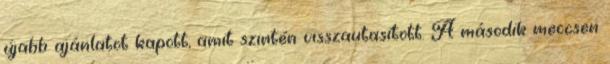
újabb ajánlatot kapott, amit szintén visszautasított. A második meccsen